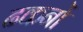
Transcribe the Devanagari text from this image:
ढकनों